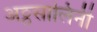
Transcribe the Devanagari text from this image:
अठ्ठसालिनी